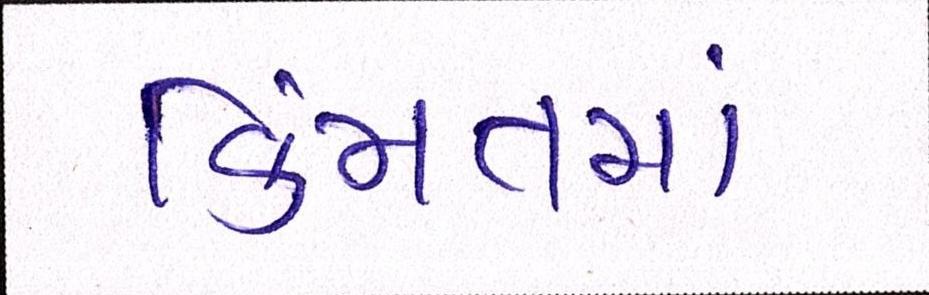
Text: કિંમતમાં